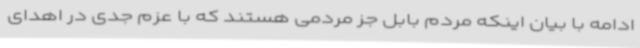
ادامه با بیان اینکه مردم بابل جز مردمی هستند که با عزم جدی در اهدای